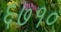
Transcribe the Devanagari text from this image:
६७१०